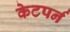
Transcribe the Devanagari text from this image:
केटपर्न